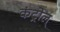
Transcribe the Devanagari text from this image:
कंट्रोल्